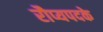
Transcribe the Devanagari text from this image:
रौप्यपदके